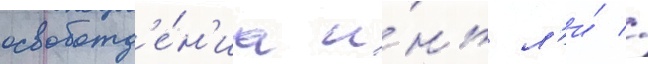
освобожд'е́н'иа и́нь л'и́ //